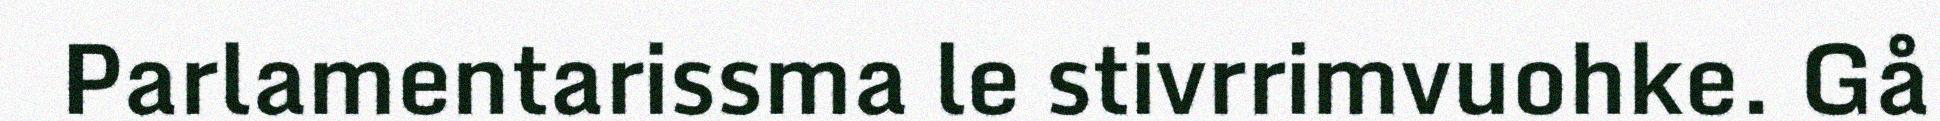
Parlamentarissma le stivrrimvuohke. Gå